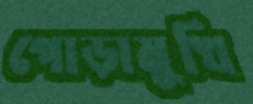
পোড়ামুখি